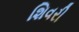
શિવરી